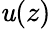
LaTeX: \mathit{u}(z)